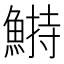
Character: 𩹭